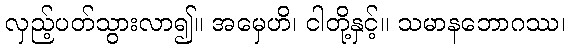
လှည့်ပတ်သွားလာ၍။ အမှေဟိ၊ ငါတို့နှင့်။ သမာနဘောဂဿ၊